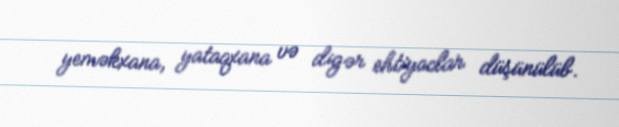
yeməkxana, yataqxana və digər ehtiyaclar düşünülüb.